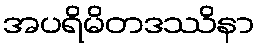
အပရိမိတဒဿိနာ